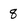
Character: 8